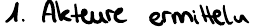
1. Akteure ermitteln